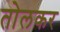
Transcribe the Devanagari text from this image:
तोलकर